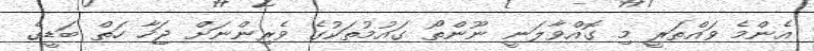
އެންމެ ވައްތަރީ މި ގޮއްވާލަނީ ނޫންތޯ ގައުމުތަކުގެ ވެރިންނަށް ޖަހާ ހަތް ބަޑީގެ